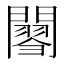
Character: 𨶟